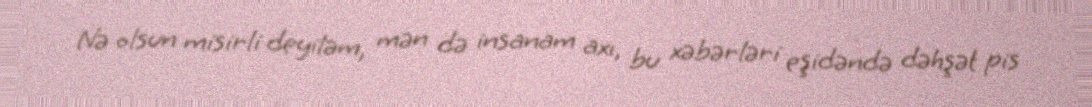
Nə olsun misirli deyiləm, mən də insanam axı, bu xəbərləri eşidəndə dəhşət pis